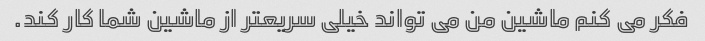
فکر می کنم ماشین من می تواند خیلی سریعتر از ماشین شما کار کند.